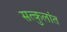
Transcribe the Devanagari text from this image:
सत्कुलांत